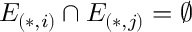
E _ { ( * , i ) } \cap E _ { ( * , j ) } = \varnothing